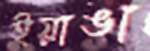
ইয়াঙা